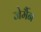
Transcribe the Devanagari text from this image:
जेर्मैन